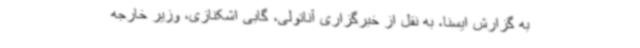
به گزارش ایسنا، به نقل از خبرگزاری آناتولی، گابی اشکنازی،‌ وزیر خارجه